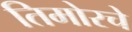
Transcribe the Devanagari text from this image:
तिमोरचे